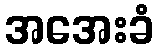
အအေးခံ